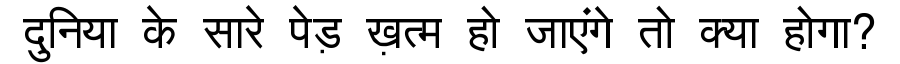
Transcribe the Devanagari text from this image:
दुनिया के सारे पेड़ ख़त्म हो जाएंगे तो क्या होगा?